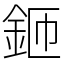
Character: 鉔